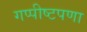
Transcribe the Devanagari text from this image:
गप्पीष्टपणा